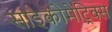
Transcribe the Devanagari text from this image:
साइकोमेट्रिक्स